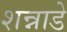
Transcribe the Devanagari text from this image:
शन्नाडे